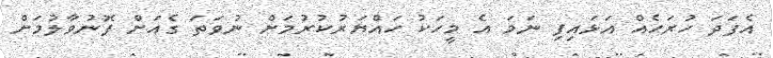
އެފަދަ ހުރަހެއް އަޅައިފި ނަމަ އެ މީހަކު ހައްޔަރުކުރުމަށް ނުވަތަ ގެއަށް ފޮނުވާލުމަށް